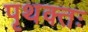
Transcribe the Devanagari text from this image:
पृथक्तः